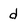
Character: d